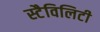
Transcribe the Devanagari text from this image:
स्टैविलिटी